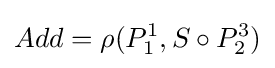
Add=\rho (P_{1}^{1},S\circ P_{2}^{3})